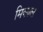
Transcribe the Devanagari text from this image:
मिकाल